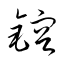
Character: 鎔